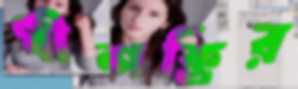
ধীশক্তির